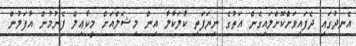
އެނދުގައި ދެފައިވަށްކޮށްލައިގެން އަތުގެ ނިޔަފަތި ކާލަކާލާ އިން މިޝަލްއަށް މީކާޢިލް ފެނުމުން އުފަލުން